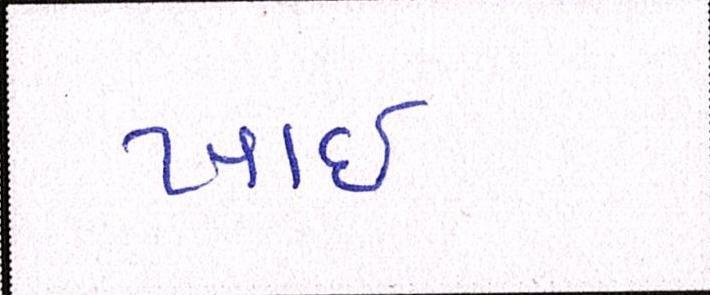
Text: ખાઈ